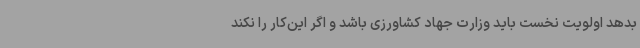
بدهد اولویت نخست باید وزارت جهاد کشاورزی باشد و اگر این‌کار را نکند